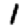
Digit: 1